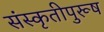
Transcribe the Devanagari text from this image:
संस्कृतीपुरूष